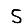
Digit: 5